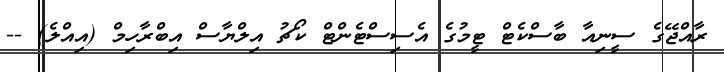
ރާއްޖޭގެ ސީނިއާ ބާސްކެޓް ޓީމުގެ އެސިސްޓެންޓް ކޯޗު އިލްޔާސް އިބްރާހިމް (އިއްލެ) --